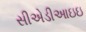
સીએડીઆઇઇ